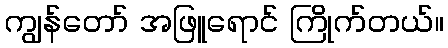
ကျွန်တော် အဖြူရောင် ကြိုက်တယ်။